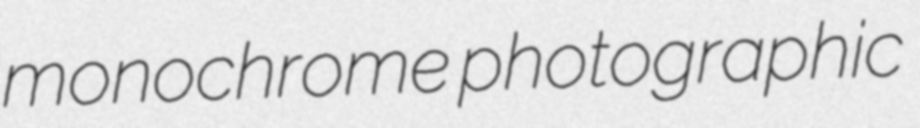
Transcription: monochrome photographic